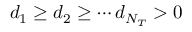
d _ { 1 } \ge d _ { 2 } \ge \cdots d _ { N _ { T } } > 0